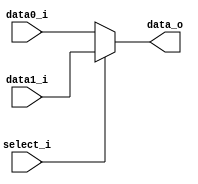
/***************************************************
Student Name: 
Student ID: 0511226
***************************************************/

`timescale 1ns/1ps

module MUX_2to1(
	input  [31:0] data0_i,       
	input  [31:0] data1_i,
	input         select_i,
	output [31:0] data_o
    );			   

/* Write your code HERE */
assign data_o = (select_i==1) ? data1_i : data0_i;

endmodule